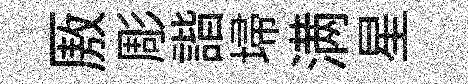
厫彫諧埽满星